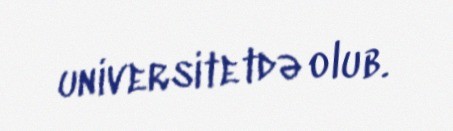
universitetdə olub.